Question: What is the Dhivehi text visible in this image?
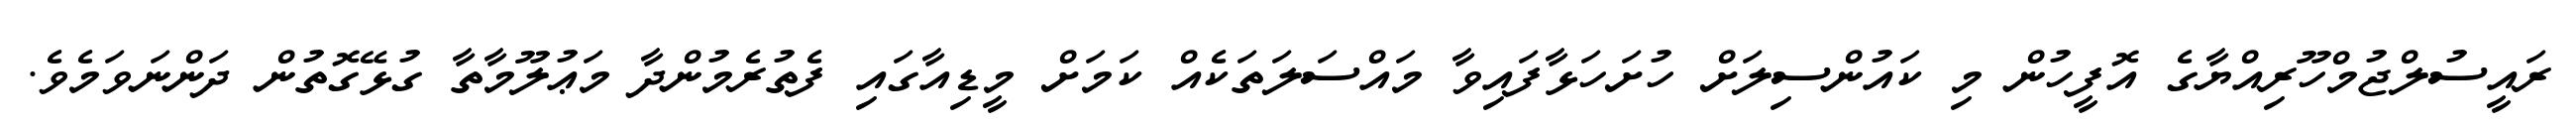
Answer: ރައީސުލްޖުމްހޫރިއްޔާގެ އޮފީހުން މި ކައުންސިލަށް ހުށަހަޅާފައިވާ މައްސަލަތަކެއް ކަމަށް މީޑިއާގައި ފެތުރެމުންދާ މަޢުލޫމާތާ ގުޅޭގޮތުން ދަންނަވަމެވެ.